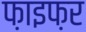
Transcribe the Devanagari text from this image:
फ़ाइफ़र